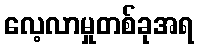
လေ့လာမှုတစ်ခုအရ